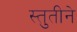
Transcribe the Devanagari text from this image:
स्तुतीने